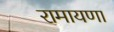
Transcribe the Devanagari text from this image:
रामायणा